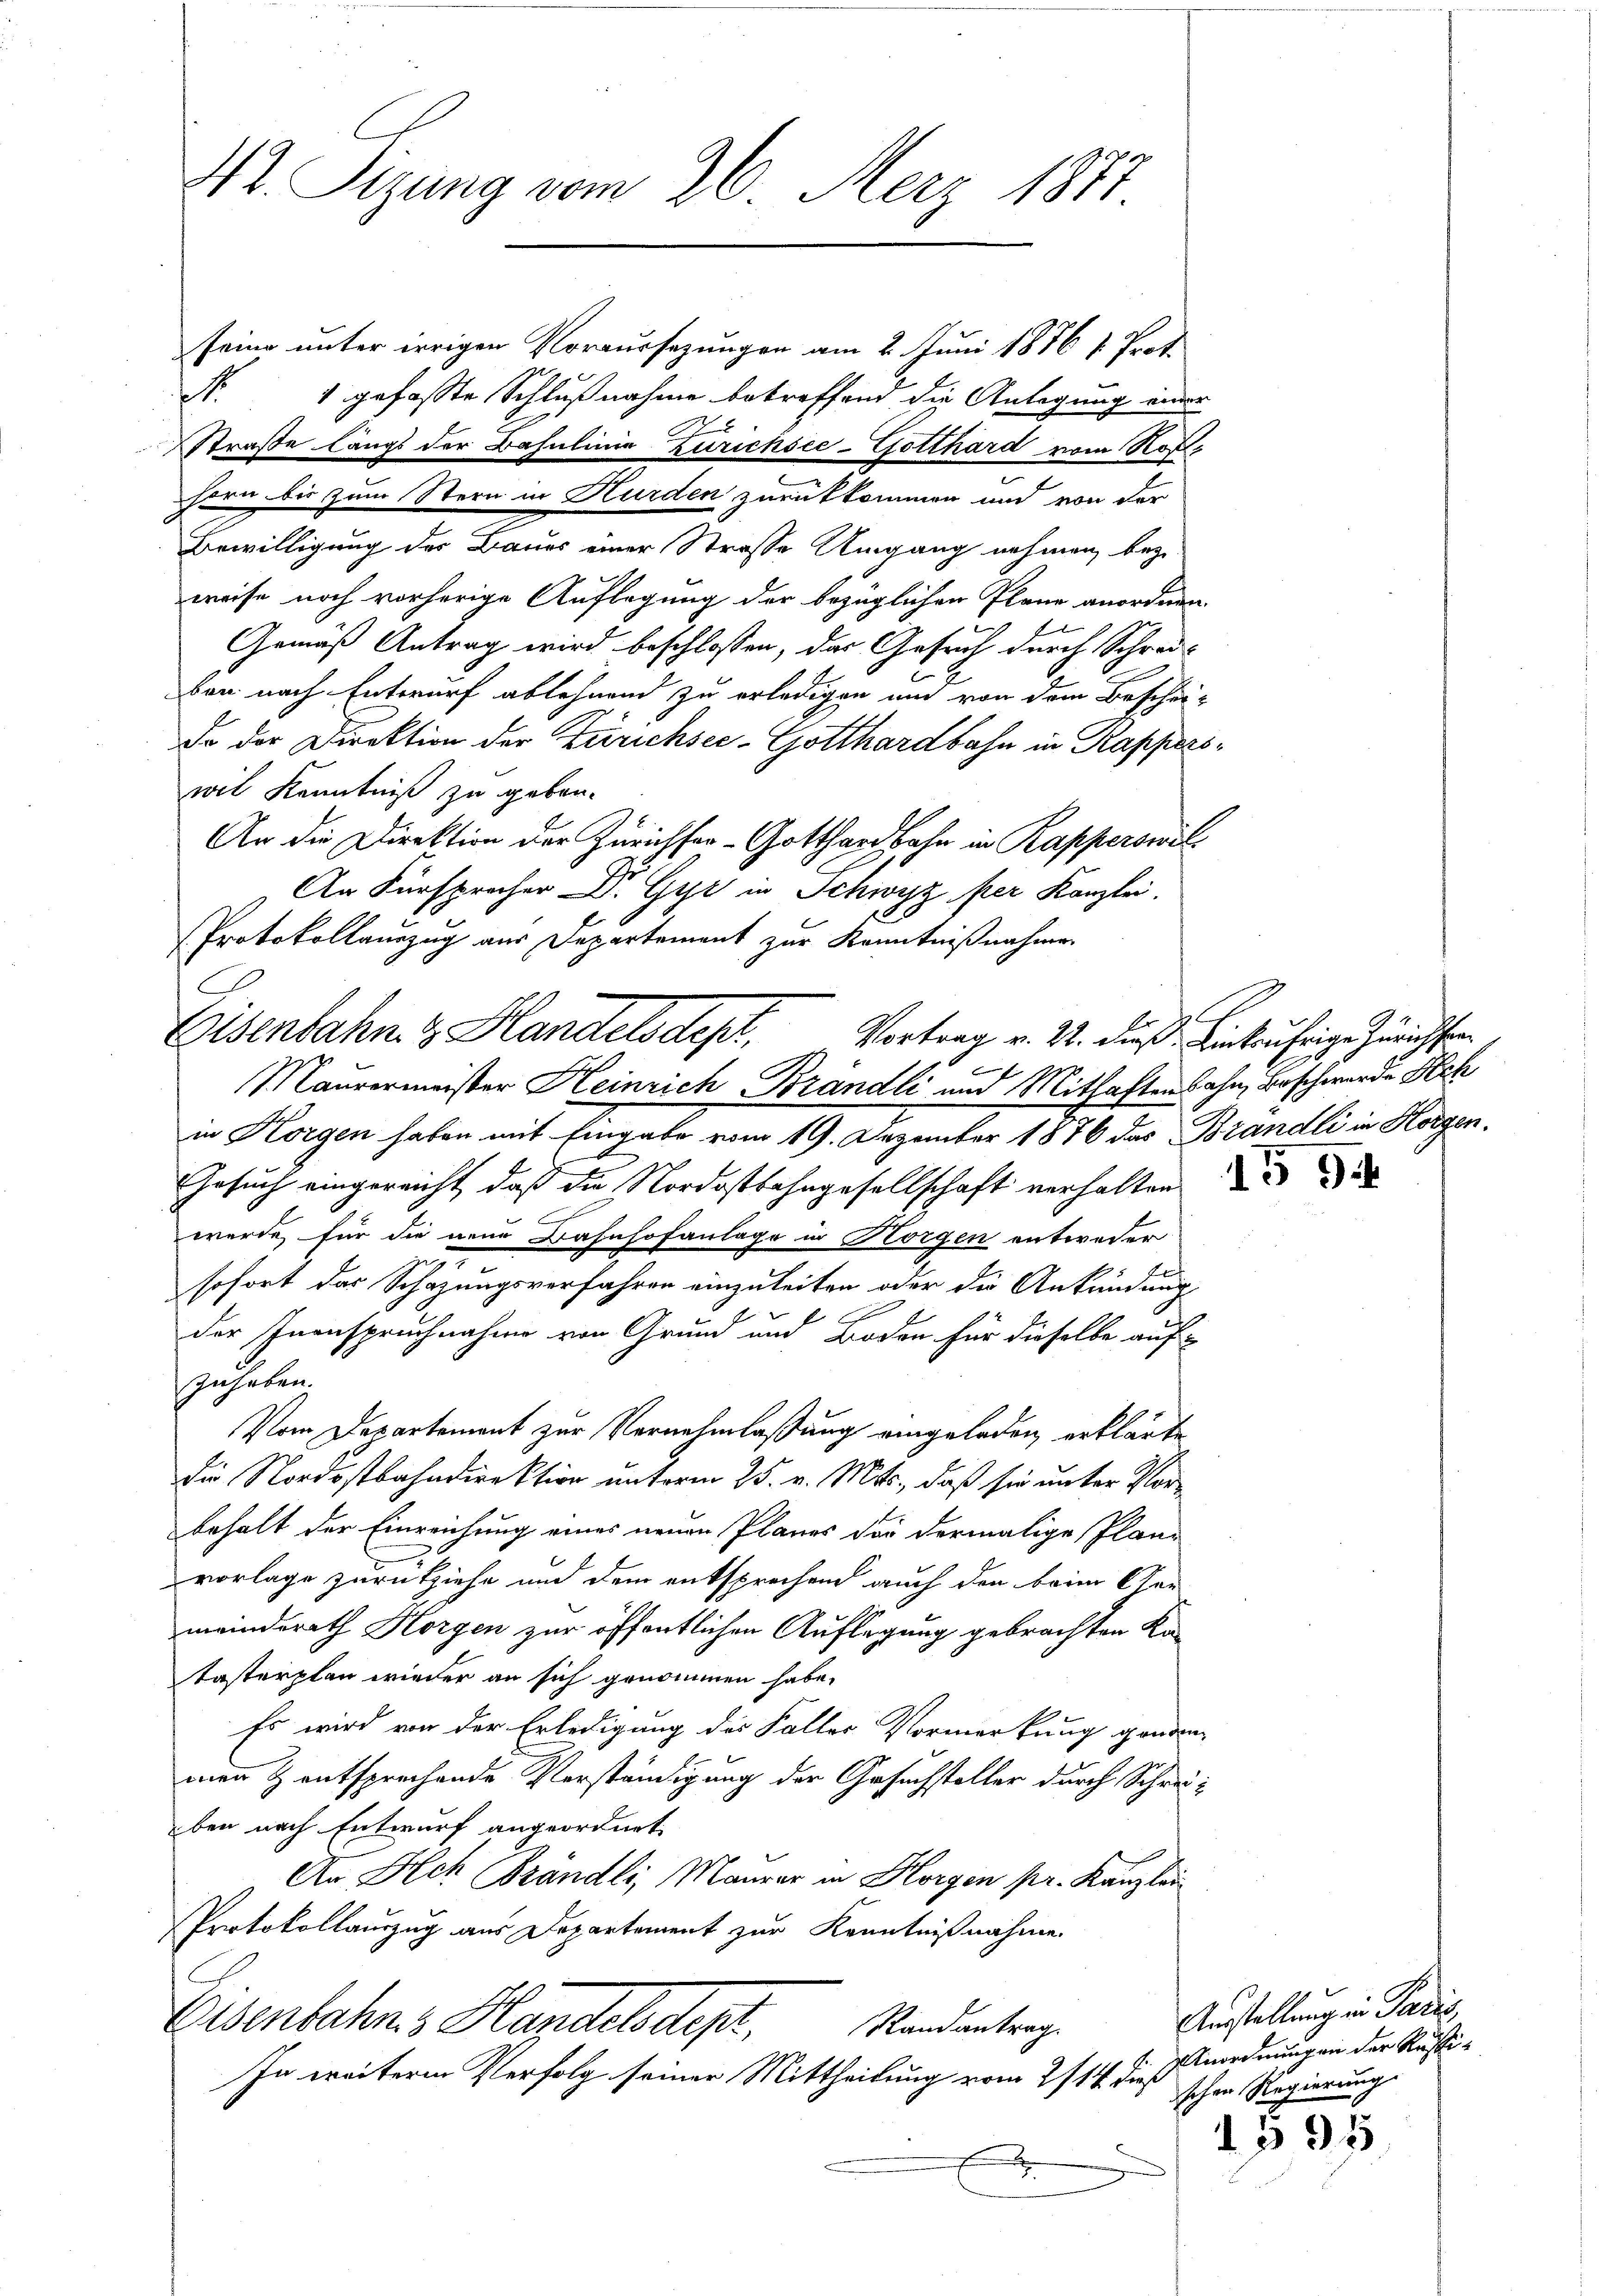
212. Sizung vom 26. Merz 1812

seine unter irrigen Voraussezungen am 2. Juni 1876 1. Prot.
fl. 1 gefasste Schlußnahme betreffend die Anlegung einer
S
Straße längs der Basulinie Zürichsee-Gotthard vom Rohsern bis zum Stern in Hurden zurükkommen und von der
Bewilligung der Baues einer Strasse Umgang nehmen, bezi
weise noch vorherige Auflegung der bezüglichen Plane anordnen.
Gemäß Antrag wird beschlossen, das Gesuch durch Schreiben nach Entwurf ablehnend zu erledigen und von dem Beschei-
da der Direktion der Zürichsee-Gotthardbahn in Kapperswil Kenntniß zu geben.
An die Direktion der Zürichter- Gotthardbahn in Kapperswil¬
An Fürspracher Dr. Gyr in Schwyz per Kanzlei.
Protokollauszug aus Departement zur Kenntnißnahme
Maurermeister Heinrich Brändli und Mithaftenbahn, Beschwerde Sch
in Horgen haben mit Eingabe vom 19. Dezember 1876 das Brandli in Horgen.
Gesuch eingereicht, daß die Nordostbahngesellschaft verhalten de
wurde für die neue Bahnhofanlage in Horgen entweder
Er
sofort das Schazungsverfahren einzuleiten oder die Ankündung
6 x
der Inanspruchnahme von Grund um Boden für dieselbe auf
zuheben.
Vom Departement zur Vernehmlassung eingeladen, erklärte
die Nordostbahndirektion unterm 25. v. Mts., daß sie unter Vorbehalt der Einreichung eines neuen Planes der dermalige Plan-
vorlage zurückziehe und dem entsprechend auch den beim Cher
meinderath Horgen zur öffentlichen Auflegung gebrachten Katasterplan wieder an sich genommen habe.
Es wird von der Erledigung des Faller Vormerkung genden
mann & entsprechende Verständigung der Gesuchsteller durch Schreiben nach Entwurf angeordnet.
An Ach Brändli, Maurer in Horgen pr. Kanzlei
Protokollauszug aus Departement zur Kenntnißnahme.
Eisenbahn z Handelsdepr
Randantrag.
In weitere Verfolg seiner Mittheilung vom 2/14. dieß
2

C

Eisenbahn & Handelsdept, Vortrag v. 2. dieß einkufrige Zürichsten
1
¬

t

Austellung in Paris,
Anordnungen der Restischen Regierung
1595